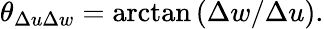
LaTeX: \theta_{\Delta u\Delta w}=\arctan{(\Delta w/\Delta u)}.